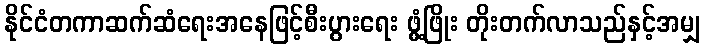
နိုင်ငံတကာဆက်ဆံရေးအနေဖြင့်စီးပွားရေး ဖွံ့ဖြိုး တိုးတက်လာသည်နှင့်အမျှ